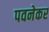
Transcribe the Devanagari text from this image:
पवनेकर